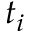
t _ { i }